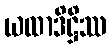
ယထာဒိဋ္ဌိဿ